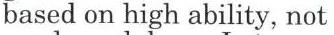
based on high ability, not